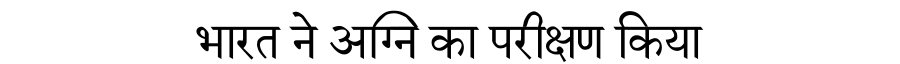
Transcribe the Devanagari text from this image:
भारत ने अग्नि का परीक्षण किया